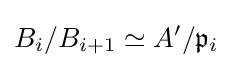
B_{i}/B_{i+1}\simeq A'/{\mathfrak {p}}_{i}